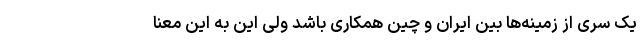
یک سری از زمینه‌ها بین ایران و چین همکاری باشد ولی این به این معنا